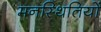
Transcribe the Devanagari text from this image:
मनस्थितियों